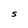
Character: S